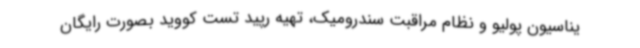
یناسیون پولیو و نظام مراقبت سندرومیک، تهیه رپید تست کووید بصورت رایگان